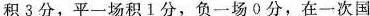
积3分，平一场积1分，负一场0分，在一次国